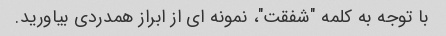
با توجه به کلمه "شفقت"، نمونه ای از ابراز همدردی بیاورید.